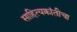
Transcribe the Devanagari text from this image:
साहित्यक्रांतीचा